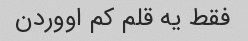
فقط یه قلم کم اووردن